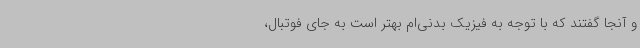
و آنجا گفتند که با توجه به فیزیک بدنی‌ام بهتر است به جای فوتبال،